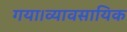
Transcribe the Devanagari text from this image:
गया।व्यावसायिक